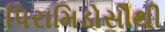
પિરામિડોસૌથી